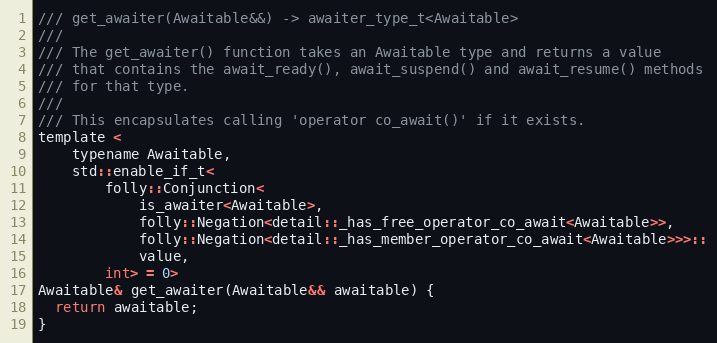
Language: C
/// get_awaiter(Awaitable&&) -> awaiter_type_t<Awaitable>
///
/// The get_awaiter() function takes an Awaitable type and returns a value
/// that contains the await_ready(), await_suspend() and await_resume() methods
/// for that type.
///
/// This encapsulates calling 'operator co_await()' if it exists.
template <
    typename Awaitable,
    std::enable_if_t<
        folly::Conjunction<
            is_awaiter<Awaitable>,
            folly::Negation<detail::_has_free_operator_co_await<Awaitable>>,
            folly::Negation<detail::_has_member_operator_co_await<Awaitable>>>::
            value,
        int> = 0>
Awaitable& get_awaiter(Awaitable&& awaitable) {
  return awaitable;
}